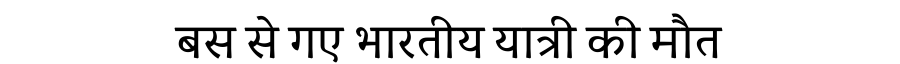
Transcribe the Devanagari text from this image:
बस से गए भारतीय यात्री की मौत